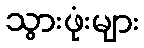
သွားဖုံးများ